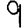
Digit: 9